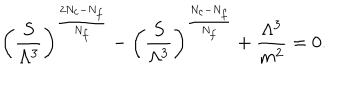
LaTeX: \biggl ( \frac { S } { \Lambda ^ { 3 } } \biggr ) ^ { \frac { 2 N _ { c } - N _ { f } } { N _ { f } } } - \biggl ( \frac { S } { \Lambda ^ { 3 } } \biggr ) ^ { \frac { N _ { c } - N _ { f } } { N _ { f } } } + \frac { \Lambda ^ { 3 } } { m ^ { 2 } } = 0 .